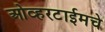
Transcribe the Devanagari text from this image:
ओव्हरटाईमचे